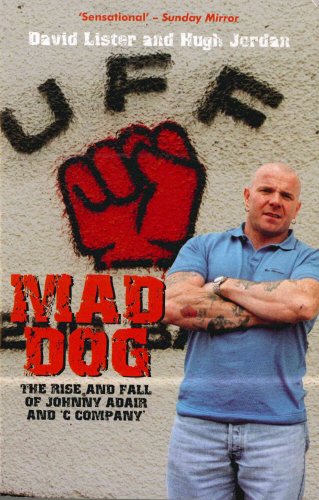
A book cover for Mad Dog: The Rise and Fall of Johnny Adair and 'C Company'; David Lister; Biographies & Memoirs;